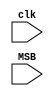

module MSB_counter(
    input wire clk,
    input wire MSB
    );
    
    reg [16:0] countzero = 17'b0;
    reg [16:0] countone = 17'b0;
    
    wire [16:0] garbage1, garbage2;
    
    assign garbage1 = countzero;
    assign garbage2 = countone;
    
     always @ (posedge clk) begin
        if (MSB == 1'b0)
            countzero = countzero + 1'b1;
        else if (MSB == 1'b1)
            countone = countone + 1'b1;
        else begin
            countzero = countzero;
            countone = countone;
            end
        end
    
endmodule